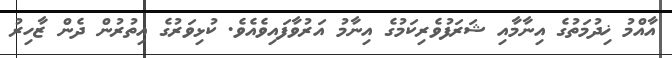
އާއްމު ޚިދުމަތުގެ އިނާމާއި ޝަރަފުވެރިކަމުގެ އިނާމު އަރުވާފައިވެއެވެ. ކުޅިވަރުގެ އިތުރުން ދެން ޒާހިރު